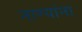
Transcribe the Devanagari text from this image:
नाण्यांना